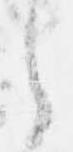
之